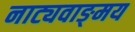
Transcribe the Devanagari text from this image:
नाट्यवाङ्‌मय